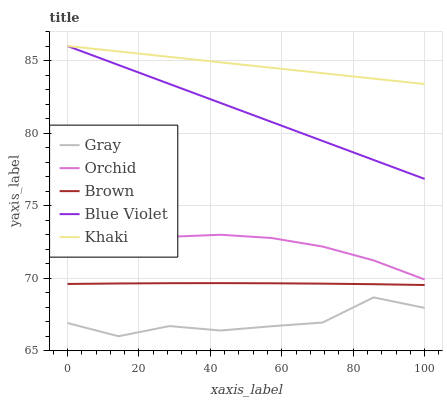
| xaxis_label | Gray | Orchid | Brown | Blue Violet | Khaki |
 | --- | --- | --- | --- | --- | --- |
 | 0 | 66.9 | 71.5 | 69.6 | 86 | 86 |
 | 14.3 | 66 | 72.3 | 69.6 | 84.7 | 85.6 |
 | 28.6 | 66.7 | 72.9 | 69.7 | 83.4 | 85.3 |
 | 42.9 | 66.4 | 73 | 69.7 | 82.1 | 84.9 |
 | 57.1 | 66.7 | 72.8 | 69.7 | 80.8 | 84.5 |
 | 71.4 | 66.9 | 72.2 | 69.6 | 79.5 | 84.1 |
 | 85.7 | 68.7 | 71.2 | 69.6 | 78.2 | 83.8 |
 | 100 | 68 | 69.9 | 69.5 | 76.8 | 83.4 |